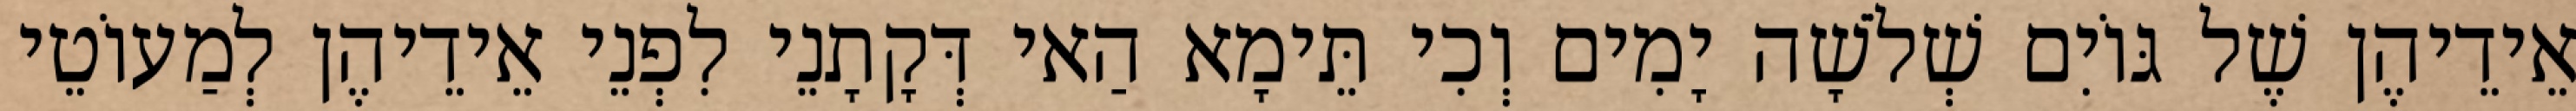
אֵידֵיהֶן שֶׁל גּוֹיִם שְׁלֹשָׁה יָמִים וְכִי תֵּימָא הַאי דְּקָתָנֵי לִפְנֵי אֵידֵיהֶן לְמַעוֹטֵי